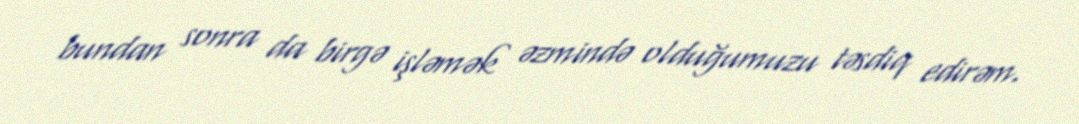
bundan sonra da birgə işləmək əzmində olduğumuzu təsdiq edirəm.